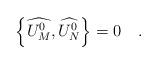
LaTeX: \begin{align*}\left\{ \widehat{U_M^0},\widehat{U_N^0}\right\} =0\quad .\end{align*}